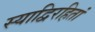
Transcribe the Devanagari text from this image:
स्याद्विरहितां